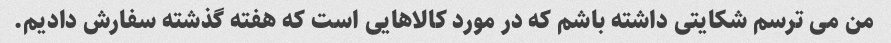
من می ترسم شکایتی داشته باشم که در مورد کالاهایی است که هفته گذشته سفارش دادیم.